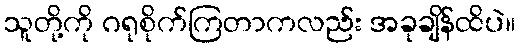
သူတို့ကို ဂရုစိုက်ကြတာကလည်း အခုချိန်ထိပဲ။